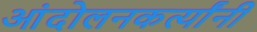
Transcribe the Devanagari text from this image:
आंदोलनकर्त्यांनी